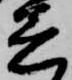
着